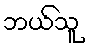
ဘယ်သူ